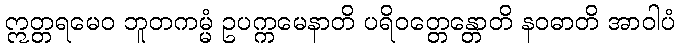
ဣတ္တရမေဝ ဘူတကမ္မံ ဥပက္ကမေနာတိ ပရိဝတ္တေန္တောတိ နဝဓာတိ အာဝါပံ